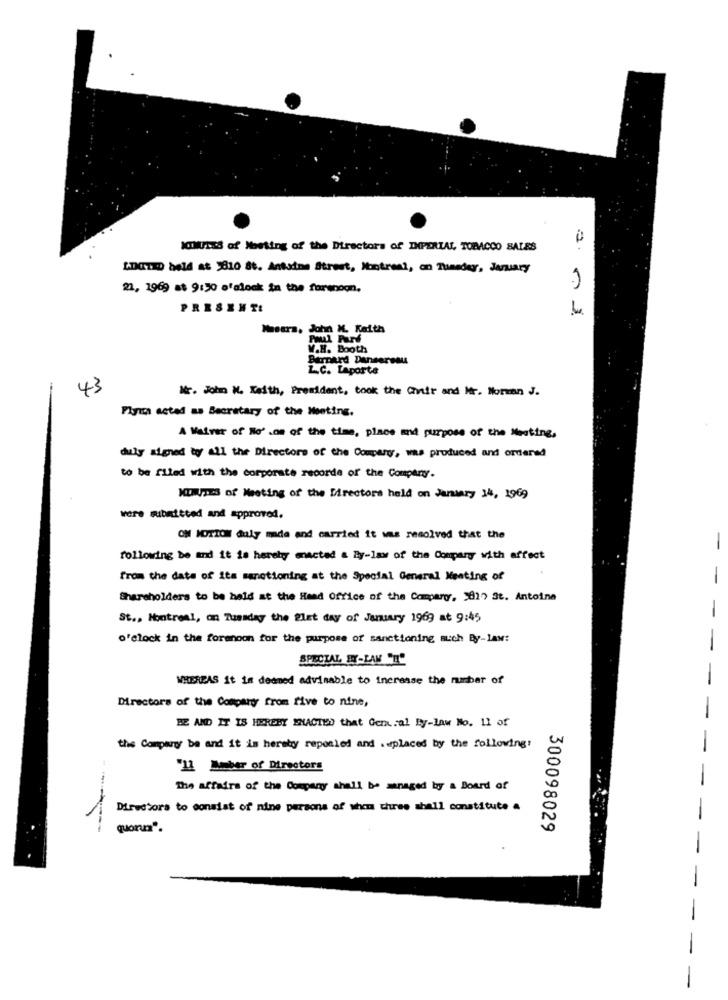
IOMiss of Meeting of the Directors of IMPERIAL TOBACCO SALES
LDCTID held at 2810 St. Antoine Street, Montreal, an Tuneder, January
21, 1969 at 9:30 o'clock in the farenoon,
PRESENTI
Mostra, John M. Keith
Paul Purf
W.H. Booth
Bernard Dansereau
L.C. Laporte
43
Nr. John W. Keith, President, took the Chair and Mr. Norman J.
Plyi acted as Secretary of the Meeting.
A Waiver of No' .om of the time, place and purpose of the Meeting,
duly signed byy all the Directors of the Company, was produced and ordered
to be filed with the corporate recorde of the Company.
MONTES of Meeting of the Directors held on January 34, 1969
were submitted and approved.
ON MOTION duly made and carried it was resolved that the
-
following De and it is hereby macted a By-law of the Company with affect
from the date of its sanctioning at the Special General Meeting of
Shareholders to be held at the Head Office of the Comparor, 3817 St. Antoine
-
St ., Montreal, on Tuesday the Blet day of January 1969 at 9:45
o'clock in the forenoon for the purpose of sanctioning auch By-law:
WHEREAS it is deemed advisable to increase the number of
Directors of the Company from five to nine,
BE AND IT IS HEREBY ENACTED that General By-law No. 11 of
the Company ba and it is hereby repealed and .«placed by the following!
"11 Auber of Directors
The affairs of the Company shall be managed by a Board of
Directors to consist of nine persons of whom three shall constitute a
quorum".
300098029